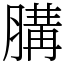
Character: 䐟